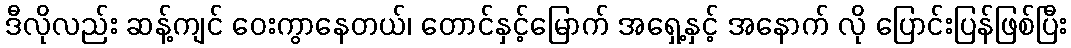
ဒီလိုလည်း ဆန့်ကျင် ဝေးကွာနေတယ်၊ တောင်နှင့်မြောက် အရှေ့နှင့် အနောက် လို ပြောင်းပြန်ဖြစ်ပြီး